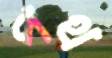
পথ